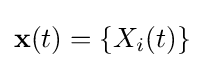
\mathbf {x} (t)=\{X_{i}(t)\}